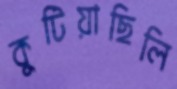
কুটিয়াছিলি